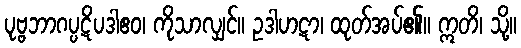
ပုဗ္ဗဘာဂပ္ပဋိပဒါဧဝ၊ ကိုသာလျှင်။ ဥဒါဟဋာ၊ ထုတ်အပ်၏။ ဣတိ၊ သို့။